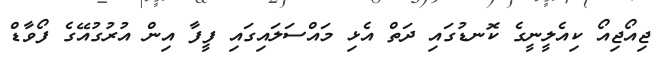
ޖިއޯޖިއޯ ކިއެލީނީގެ ކޮނޑުގައި ދަތް އެޅި މައްސަލައިގައި ފީފާ އިން އުރުގުއޭގެ ފޯވާޑް